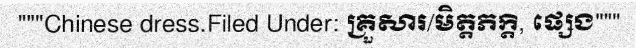
"""Chinese dress.Filed Under: គ្រួសារ/មិត្តភក្តិ, ផ្សេង"""